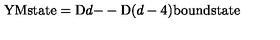
\mathrm { Y M s t a t e } = \mathrm { D } d \mathrm { -- D } ( d - 4 ) \mathrm { b o u n d s t a t e }